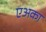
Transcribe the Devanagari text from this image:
एअका